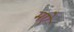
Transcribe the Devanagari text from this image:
मऐ